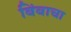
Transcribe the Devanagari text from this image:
बिंबाचा